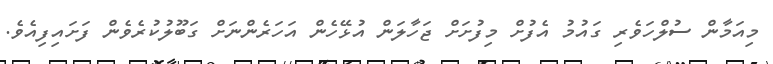
މިއަމާން ސުލްހަވެރި ގައުމު އެފުށް މިފުށަށް ޖަހާލަން އުޅޭހެން އަހަރެންނަށް ގަބޫލުކުރެވެން ފަށައިފިއެވެ.